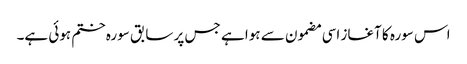
اس سورہ کا آغاز اسی مضمون سے ہوا ہے جس پر سابق سورہ ختم ہوئی ہے۔